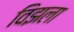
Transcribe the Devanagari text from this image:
विझला